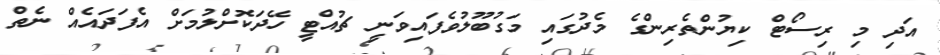
އަދި މި ރިސޯޓް ކިޔުންތެރިންގެ މެދުގައި މަގުބޫލުވެފައިވަނީ ޗުއްޓީ ހޭދަކޮށްލުމަށް އެފަދައެއް ނެތް